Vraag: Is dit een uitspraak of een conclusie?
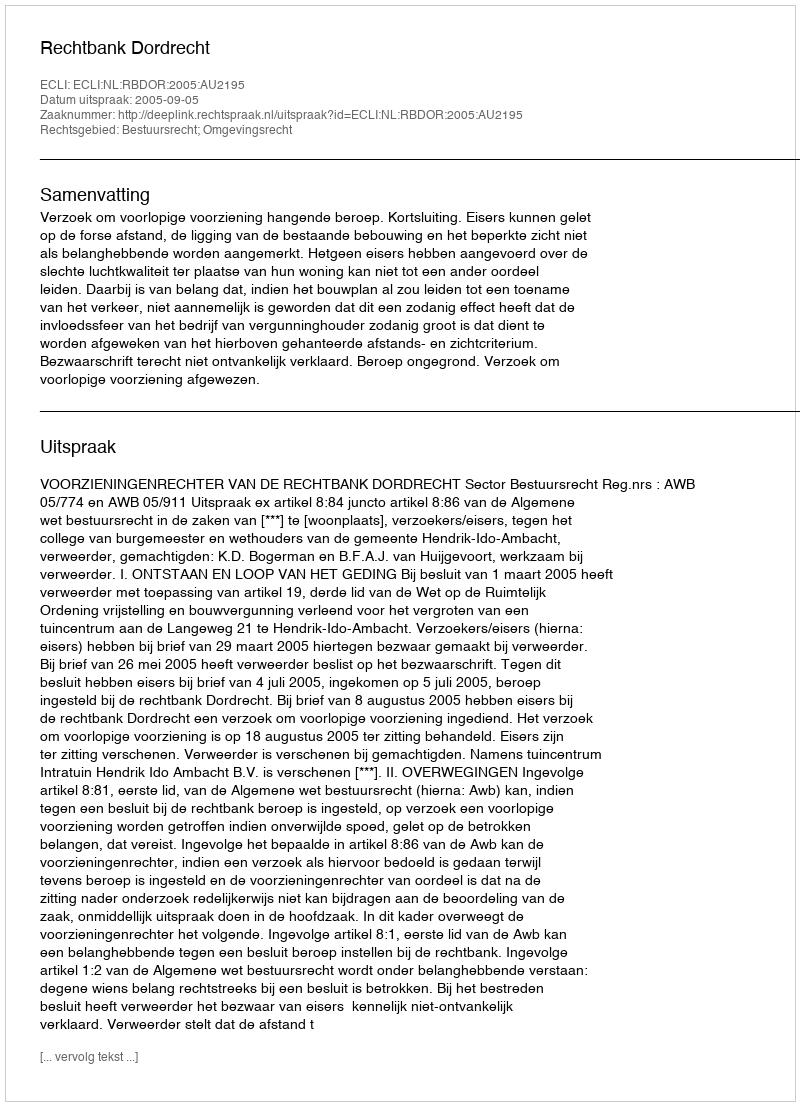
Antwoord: Uitspraak